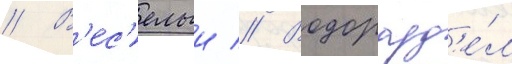
// В'ес'елыи // Водоразд'е́л